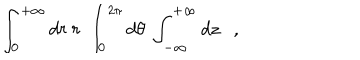
LaTeX: \int _ { 0 } ^ { + \infty } d r \ r \ \int _ { 0 } ^ { 2 \pi } d \theta \ \int _ { - \infty } ^ { + \infty } d z \ \ \ ,